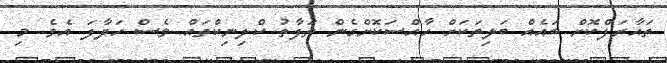
ތައާރަފްކޮށް ބައެއް ބަލިތަކަށް ހާއްސަކޮށްގެން ތަފާތު ކްލިނިކްތައް ވެސް ހަދާފަ އެވެ. މި